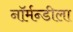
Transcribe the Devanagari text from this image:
नॉर्मन्डीला